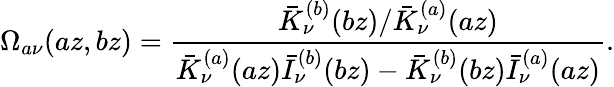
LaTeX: \Omega_{a\nu}(az,bz)=\frac{\bar{K}_{\nu}^{(b)}(bz)/\bar{K}_{\nu}^{(a)}(az)}{\bar{K}_{\nu}^{(a)}(az)\bar{I}_{\nu}^{(b)}(bz)-\bar{K}_{\nu}^{(b)}(bz)\bar{I}_{\nu}^{(a)}(az)}.